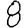
Digit: 8